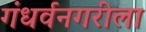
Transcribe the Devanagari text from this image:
गंधर्वनगरीला